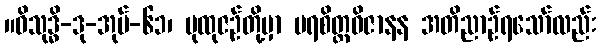
။ဝိသုဒ္ဓိ-ဒု-အုပ်-၆၁၊ ပုထုဇဉ်တို့မှာ ပရစိတ္တဝိဇာနန အတိညာဉ်ရသော်လည်း